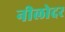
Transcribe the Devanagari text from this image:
नीलोदर